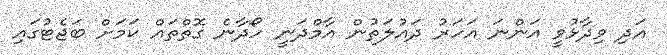
އަދި ވިދާޅުވީ އަންނަ އަހަރު ދައުލަތުން އާމްދަނީ ހޯދާނެ ގޮތްތައް ކަމަށް ބަޖެޓުގައި